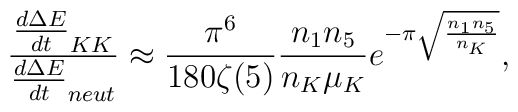
\frac{ \frac{d\Delta E}{dt}_{KK}}{ \frac{d\Delta    E}{dt}_{neut}} \approx \frac{\pi^6}{180 \zeta(5)} \frac{n_{1}n_{5}}{n_{K} \mu_{K}} e^{- \pi\sqrt{\frac{n_{1}n_{5}}{n_{K}}}},